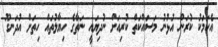
އެކަމަކު ކުރަން އުޅުނު މަސައްކަތް ކުރިއަށް ނުދިޔައީ ނަތާގެ ހިޔާލުތައް ހިތަށް އުދަނގޫ